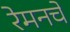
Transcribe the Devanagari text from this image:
रेमनचे